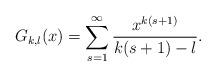
LaTeX: \begin{align*}G_{k,l}(x)=\sum_{s=1}^\infty\frac{x^{k(s+1)}}{k(s+1)-l}.\end{align*}